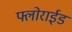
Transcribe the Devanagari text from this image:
फ्लोराईड